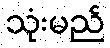
သုံးမည်